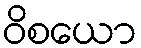
ဝိစယော